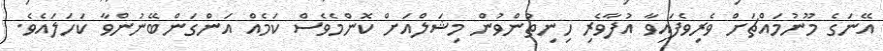
އޭނަގެ މޫނުމައްޗަށް ވެރިވެފައިވާ އުފާވެރި ހިނިތުންވުން މިޝަލްއަށް ކޮންމެވެސް ކަމެއް އަންގަންބޭނުންވާ ކަހަލައެވެ.